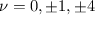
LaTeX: \nu = 0 , \pm { 1 } , \pm { 4 }